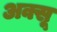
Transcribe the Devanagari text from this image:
अक्सू